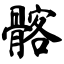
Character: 髂